Plague in India, 1896, 1897 - Volume 1
Year: 1896
Disease focus: Plague
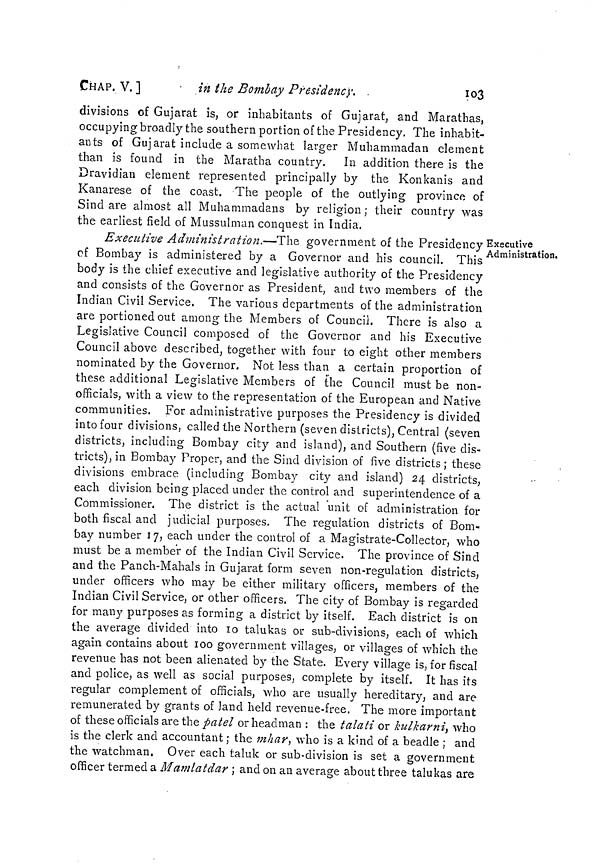
CHAP. V. 1
in the Bombay Presidency.
103
divisions of Gujarat is, or inhabitants of Gujarat, and Marathas,
occupying broadly the southern portion of the Presidency. The inhabit-
ants of Gujarat include a somewhat larger Muhammadan element
than is found in the Maratha country. In addition there is the
Dravidian element represented principally by the Konkanis and
Kanarese of the coast. The people of the outlying province of
Sind are almost all Muhammadans by religion; their country was
the earliest field of Mussulman conquest in India.
Executive
Administration.
Executive Administration.—The government of the Presidency
of Bombay is administered by a Governor and his council. This '
body is the chief executive and legislative authority of the Presidency
and consists of the Governor as President, and two members of the
Indian Civil Service. The various departments of the administration
are portioned out among the Members of Council. There is also a
Legislative Council composed of the Governor and his Executive
Council above described, together with four to eight other members
nominated by the Governor. Not less than a certain proportion of
these additional Legislative Members of the Council must be non-
officials, with a view to the representation of the European and Native
communities. For administrative purposes the Presidency is divided
into four divisions, called the Northern (seven districts), Central (seven
districts, including Bombay city and island), and Southern (five dis-
tricts), in Bombay Proper, and the Sind division of five districts ; these
divisions embrace (including Bombay city and island) 24 districts,
each division being placed under the control and superintendence of a
Commissioner. The district is the actual unit of administration for
both fiscal and judicial purposes. The regulation districts of Bom-
bay number 17, each under the control of a Magistrate-Collector, who
must be a member of the Indian Civil Service. The province of Sind
and the Panch-Mahals in Gujarat form seven non-regulation districts,
under officers who may be either military officers, members of the
Indian Civil Service, or other officers. The city of Bombay is regarded
for many purposes as forming a district by itself. Each district is on
the average divided into 10 talukas or sub-divisions, each of which
again contains about 100 government villages, or villages of which the
revenue has not been alienated by the State. Every village is, for fiscal
and police, as well as social purposes, complete by itself. It has its
regular complement of officials, who are usually hereditary, and are
remunerated by grants of land held revenue-free. The more important
of these officials are the patel or headman : the talati or kulkarni, who
is the clerk and accountant ; the mhar, who is a kind of a beadle ; and
the watchman. Over each taluk or sub-division is set a government
officer termed a Mamlatdar ; and on an average about three talukas are